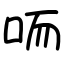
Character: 㖇